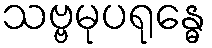
သဗ္ဗမုပရုန္ဓေ